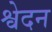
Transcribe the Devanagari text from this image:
श्वेदन